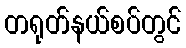
တရုတ်နယ်စပ်တွင်